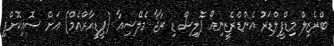
ބްރެޒިލް މިޑްފީލްޑަރު އެންޑްރެޒީނިއޯ ޕޮލިސް ޑި ރާޖާ މެލޭޝިއާ (ޕީޑީއާރްއެމް) އަށް ސޮއިކޮށްފި